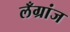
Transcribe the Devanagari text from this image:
लँग्रांज